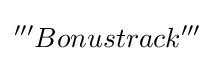
'''Bonustrack'''